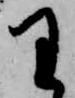
王